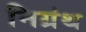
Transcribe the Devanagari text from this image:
निग्रंथ